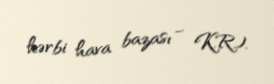
hərbi hava bazası – K.R.).